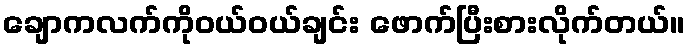
ချောကလက်ကိုဝယ်ဝယ်ချင်း ဖောက်ပြီးစားလိုက်တယ်။